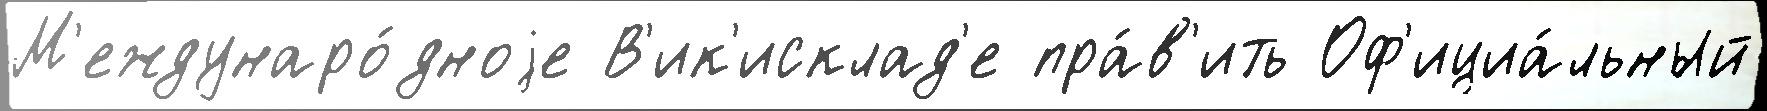
М'еждунаро́дноjе В'ик'исклад'е пра́в'ить Оф'ициа́льный